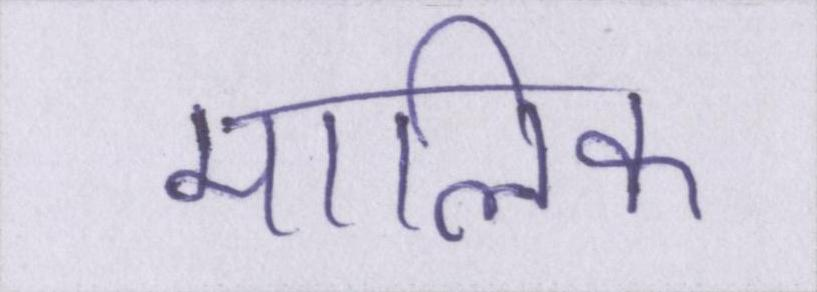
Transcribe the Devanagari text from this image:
मालिक